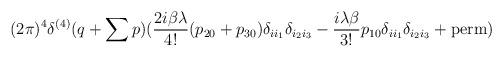
LaTeX: \begin{align*}{\displaystyle(2\pi)^4\delta^{(4)}(q+\sum p)(\frac{2i\beta\lambda}{4!}(p_{20}+p_{30})\delta_{ii_1}\delta_{i_2i_3}-\frac{i\lambda\beta}{3!}p_{10}\delta_{ii_1}\delta_{i_2i_3}+\mbox{\rm perm})}\end{align*}